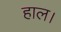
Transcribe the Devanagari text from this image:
हाल।